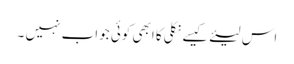
اس لیئے کیسے نکلی کا ابھی کوئی جواب نہیں ۔